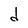
Character: d